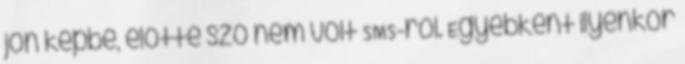
jön képbe, előtte szó nem volt SMS-ről. Egyébként ilyenkor